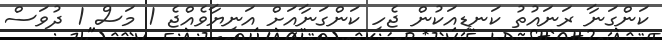
ކަންގަނާ ރަނައުތު ކަނޑިއަކުން ޖެހި ކަންގަނާއަށް އަނިޔާވެއްޖެ 1 މަސް 1 ދުވަސް